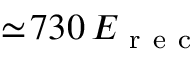
\simeq \! 7 3 0 \, E _ { \mathrm { ~ r ~ e ~ c ~ } }